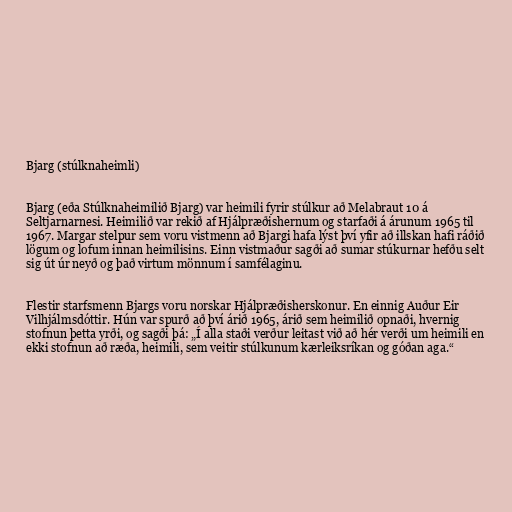
Bjarg (stúlknaheimli)

Bjarg (eða Stúlknaheimilið Bjarg) var heimili fyrir stúlkur að Melabraut 10 á
Seltjarnarnesi. Heimilið var rekið af Hjálpræðishernum og starfaði á árunum 1965 til
1967. Margar stelpur sem voru vistmenn að Bjargi hafa lýst því yfir að illskan hafi ráðið
lögum og lofum innan heimilisins. Einn vistmaður sagði að sumar stúkurnar hefðu selt
sig út úr neyð og það virtum mönnum í samfélaginu.

Flestir starfsmenn Bjargs voru norskar Hjálpræðisherskonur. En einnig Auður Eir
Vilhjálmsdóttir. Hún var spurð að því árið 1965, árið sem heimilið opnaði, hvernig
stofnun þetta yrði, og sagði þá: „Í alla staði verður leitast við að hér verði um heimili en
ekki stofnun að ræða, heimili, sem veitir stúlkunum kærleiksríkan og góðan aga.“